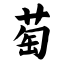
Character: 萄